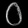
Digit: ၀